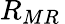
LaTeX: {R}_{MR}\,